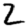
Digit: 2